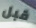
قبل